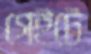
গেইটে